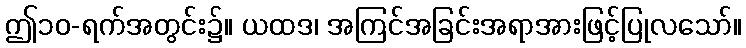
ဤ၁၀-ရက်အတွင်း၌။ ယထဒ၊ အကြင်အခြင်းအရာအားဖြင့်ပြုလသော်။